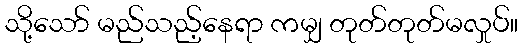
သို့သော် မည်သည့်နေရာ ကမျှ တုတ်တုတ်မလှုပ်။